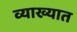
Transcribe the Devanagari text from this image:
व्याख्यात